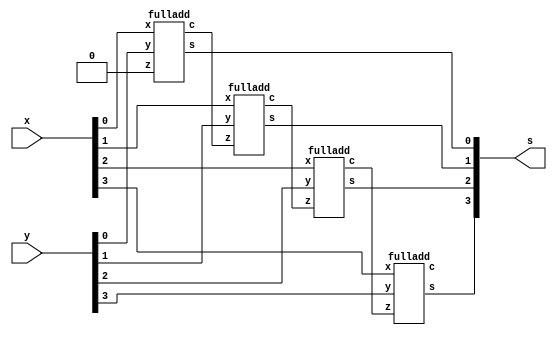
module radd(x, y, s);
    input [3:0]x, y;
    output [3:0]s;
    wire [4:0]c;
    fulladd f1(x[0], y[0], 1'b0, s[0], c[1]);
    fulladd f2(x[1], y[1], c[1], s[1], c[2]);
    fulladd f3(x[2], y[2], c[2], s[2], c[3]);
    fulladd f4(x[3], y[3], c[3], s[3], c[4]);
endmodule

module fulladd(x,y,z,s,c);
    input x, y, z;
    output reg s, c;
    always @(x,y,z) begin
        s = x^y^z;
        c = x&y | y&z | z&x;
    end
endmodule